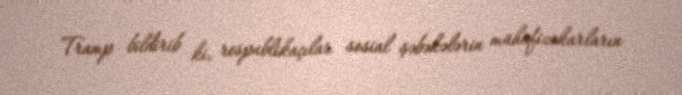
Tramp bildirib ki, respublikaçılar sosial şəbəkələrin mühafizəkarların